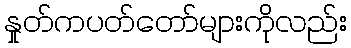
နှုတ်ကပတ်တော်များကိုလည်း